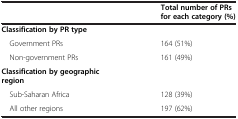
<table><thead><tr><td>[EMPTY_CELL]</td><td><b>Total number of PRs for each category (%)</b></td></tr></thead><tbody><tr><td><b>Classification by PR type</b></td><td>[EMPTY_CELL]</td></tr><tr><td> Government PRs</td><td>164 (51%)</td></tr><tr><td> Non-government PRs</td><td>161 (49%)</td></tr><tr><td><b>Classification by geographic region</b></td><td>[EMPTY_CELL]</td></tr><tr><td> Sub-Saharan Africa</td><td>128 (39%)</td></tr><tr><td> All other regions</td><td>197 (62%)</td></tr></tbody></table>